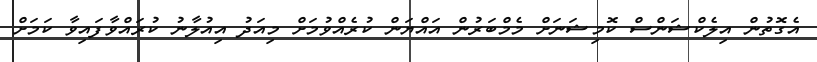
އެގޮތުން އިލެކްޝަންސް ކޮމިޝަނަށް މެމްބަރުން އައްޔަން ކުރެއްވުމަށް މިއަދު އިއުލާނު ކުރައްވާފައިވާ ކަމަށް